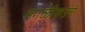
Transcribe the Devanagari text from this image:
सगळीकडचे